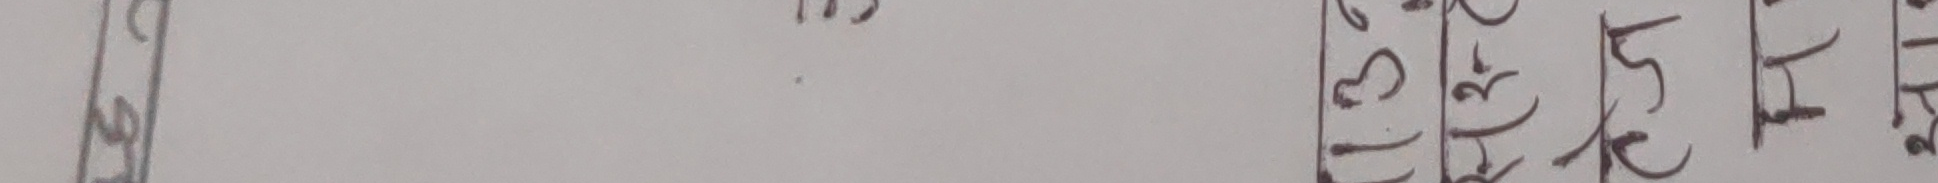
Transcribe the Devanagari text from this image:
१३. संघेक्षण सिमा पुछ हारि न बजार